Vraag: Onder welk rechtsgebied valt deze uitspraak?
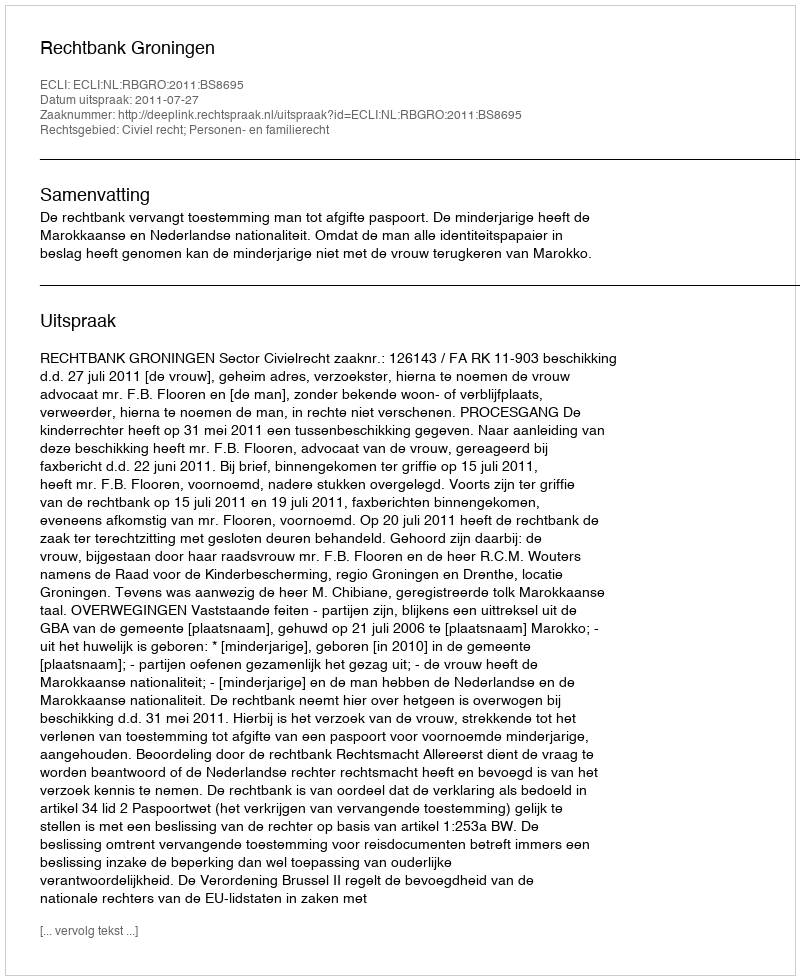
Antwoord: Civiel recht; Personen- en familierecht